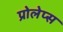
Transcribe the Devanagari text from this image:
प्रोलेप्स